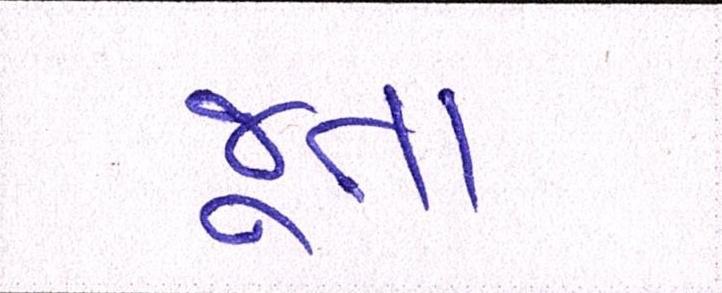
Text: જૂતા